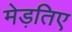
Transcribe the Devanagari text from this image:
मेड़तिए